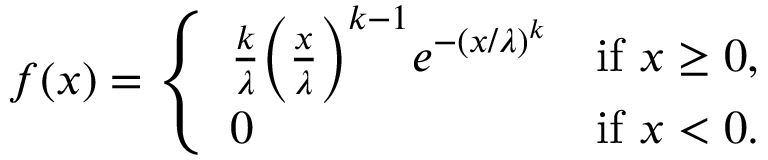
f ( x ) = { \left\{ \begin{array} { l l } { { \frac { k } { \lambda } } { \Big ( } { \frac { x } { \lambda } } { \Big ) } ^ { k - 1 } e ^ { - ( x / \lambda ) ^ { k } } } & { { \mathrm { i f ~ } } x \geq 0 , } \\ { 0 } & { { \mathrm { i f ~ } } x < 0 . } \end{array} \right. }